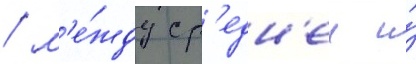
/ м'е́жду ср'едн'еи и́